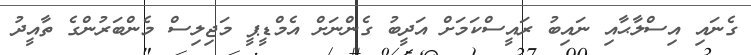
ގެނައި އިސްލާޙާއި ނައިބު ރައީސްކަމަށް އަދީބު ގެންނަށް އެމްޑީޕީ މަޖިލިސް މެންބަރުންގެ ތާއީދު